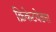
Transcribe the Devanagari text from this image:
क्रिकेटवेड्या